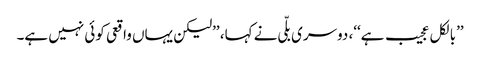
’’بالکل عجیب ہے‘‘، دوسری بلّی نے کہا، ’’لیکن یہاں واقعی کوئی نہیں ہے۔